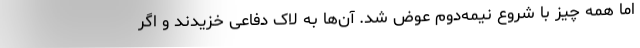
اما همه چیز با شروع نیمه‌دوم عوض شد. آن‌ها به لاک دفاعی خزیدند و اگر